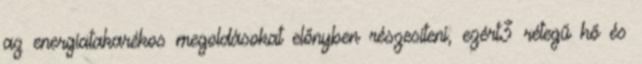
az energiatakarékos megoldásokat előnyben részesíteni, ezért3 rétegű hő és